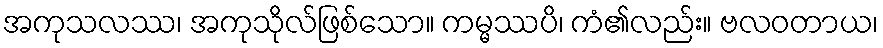
အကုသလဿ၊ အကုသိုလ်ဖြစ်သော။ ကမ္မဿပိ၊ ကံ၏လည်း။ ဗလဝတာယ၊